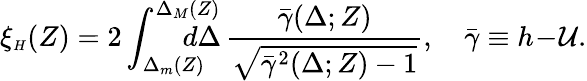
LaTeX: \xi_{{\scriptscriptstyle H}}(Z)=2\int_{\Delta_{{\scriptscriptstyle m}}(Z)}^{\Delta_{{\scriptscriptstyle M}}(Z)}\! \! \! \! \! \! \! \! \! d\Delta\, \frac{\bar{\gamma}(\Delta;Z)}{\sqrt{\bar{\gamma}^{2}(\Delta;Z)-1}},\quad\bar{\gamma}\equiv h\! -\! {\cal U}.